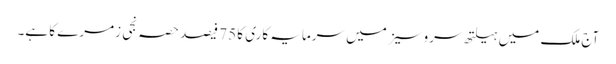
آج ملک میں ہیلتھ سروسیز میں سرمایہ کاری کا 75 فیصد حصہ نجی زمرے کا ہے۔